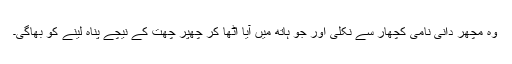
وہ مچھر دانی نامی کچھار سے نکلی اور جو ہاتھ میں آیا اُٹھا کر چھپر چھت کے نیچے پناہ لینے کو بھاگی۔